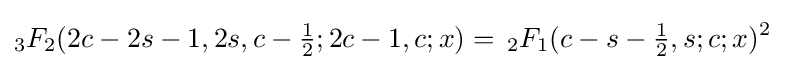
{}_{3}F_{2}(2c-2s-1,2s,c-{\tfrac {1}{2}};2c-1,c;x)=\,{}_{2}F_{1}(c-s-{\tfrac {1}{2}},s;c;x)^{2}